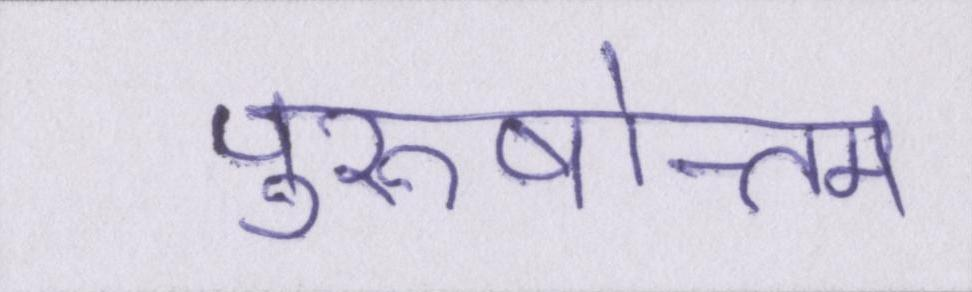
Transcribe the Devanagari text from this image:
पुरुषोत्तम